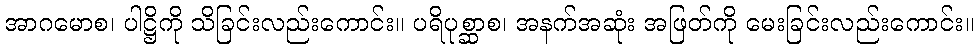
အာဂမောစ၊ ပါဋ္ဌိကို သိခြင်းလည်းကောင်း။ ပရိပုစ္ဆာစ၊ အနက်အဆုံး အဖြတ်ကို မေးခြင်းလည်းကောင်း။